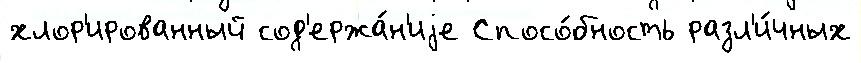
хлор'ированный сод'ержа́н'иjе Спосо́бность разл'и́чных